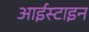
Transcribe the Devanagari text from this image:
आईस्टाइन